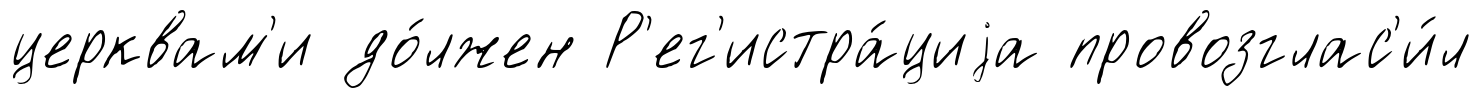
церквам'и до́лжен Р'ег'истра́циjа провозглас'и́л